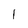
Character: 1